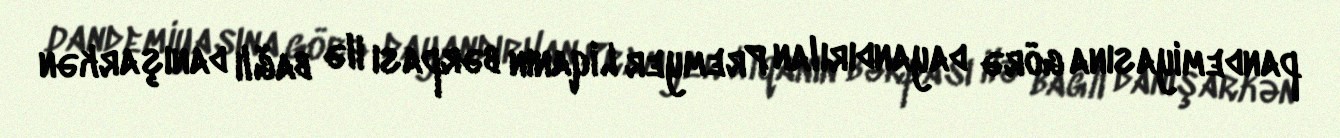
pandemiyasına görə dayandırılan Premyer Liqanın bərpası ilə bağlı danışarkən